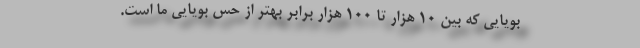
بویایی که بین ۱۰ هزار تا ۱۰۰ هزار برابر بهتر از حس بویایی ما است.